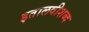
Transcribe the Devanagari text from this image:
इतालवीशब्द